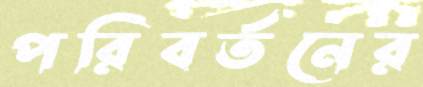
পরিবর্তনের